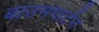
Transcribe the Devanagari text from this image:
बाउमगार्टन